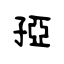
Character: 孲